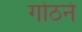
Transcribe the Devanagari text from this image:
गोठने